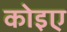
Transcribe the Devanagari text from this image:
कोइए